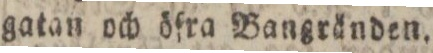
gatan och öfra Bangränden.